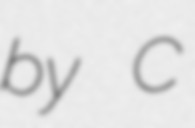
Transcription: by C